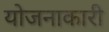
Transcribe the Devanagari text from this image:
योजनाकारी